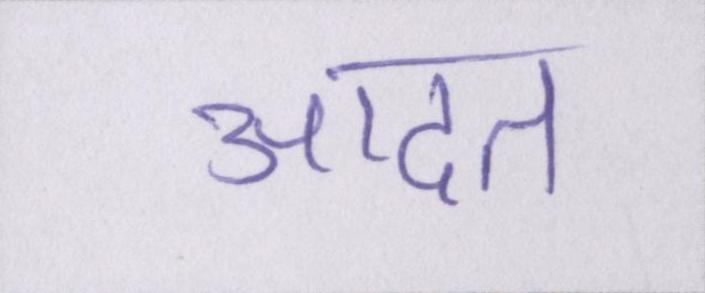
आदत